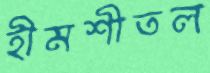
হীমশীতল